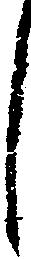
し